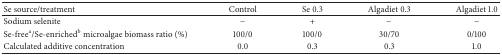
| Se source/treatment | Control | Se 0.3 | Algadiet 0.3 | Algadiet 1.0 |
 | --- | --- | --- | --- | --- |
 | Sodium selenite | − | + | − | − |
 | Se-freea/Se-enrichedb microalgae biomass ratio (%) | 100/0 | 100/0 | 30/70 | 0/100 |
 | Calculated additive concentration | 0.0 | 0.3 | 0.3 | 1.0 |